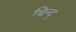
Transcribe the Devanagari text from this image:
चिन्दु